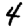
Digit: 4